Lunatic asylums Punjab 1881-1894 - 1881-1894
Year: 1881
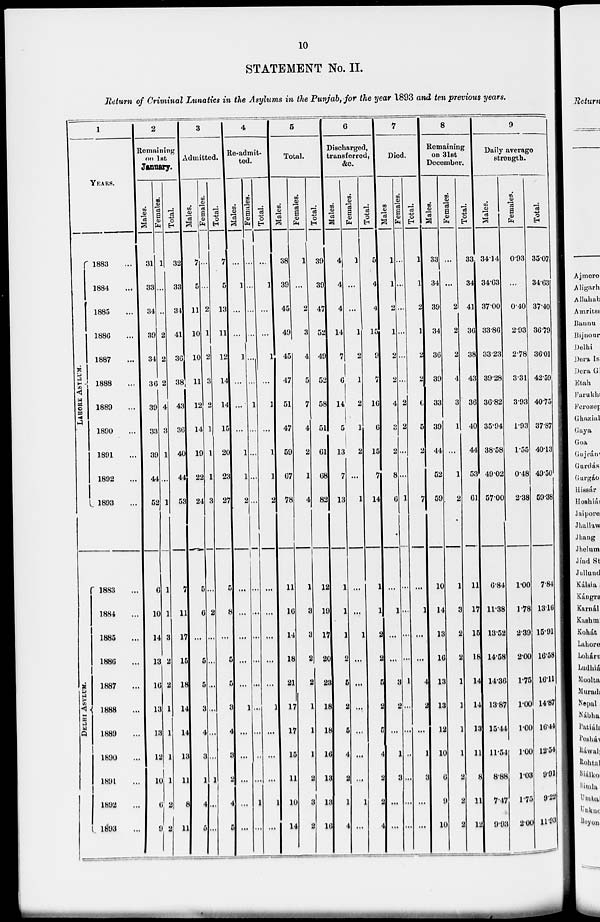
10
STATEMENT No. II.
Return of Criminal Lunatics in the Asylums in the Punjab for the year 1893 and ten previous years.
1
YEARS.
LAHORE ASYLUM
DELHI ASYLUM.
1883 ...
1884...
1885...
1886 ...
1887 ...
1888 ...
1889 ...
1890 ...
1891 ...
1892 ...
1893 ...
1883 ...
1884 ...
1885 ...
1886 ...
1887 ...
1888 ...
1889 ...
1890 ...
1891 ...
1892 ...
1893 ...
2
Remaining
on 1st
January.
Males.
31
33
34
39
34
36
39
33
39
44
52
6
10
14
13
16
13
13
12
10
6
9
Females.
1
...
...
2
2
2
4
3
1
...
1
1
1
3
2
2
1
1
1
1
2
2
Total.
32
33
34
41
36
38
43
36
40
44
53
7
11
17
15
18
14
14
13
11
8
11
3
Admitted.
Males.
7
5
11
10
10
11
12
14
19
22
24
5
6
...
5
5
3
4
3
1
4
5
Females.
...
...
2
1
2
3
2
1
1
1
3
...
2
...
...
...
...
...
...
1
...
...
Total.
7
5
13
11
12
14
14
15
20
23
27
5
8
...
5
5
3
4
3
2
4
5
4
Re-admit-
ted.
Males.
...
1
...
...
1
...
...
...
1
1
2
...
...
...
...
...
1
...
...
...
...
...
Females.
...
...
...
...
...
...
1
...
...
...
...
...
...
...
...
...
...
...
...
...
1
...
Total.
...
1
...
...
1
...
1
...
1
1
2
...
...
...
...
...
1
...
...
...
1
...
5
Total.
Males.
38
39
45
49
45
47
51
47
59
67
78
11
16
14
18
21
17
17
15
11
10
14
Females.
1
...
2
3
4
5
7
4
2
1
4
1
3
3
2
2
1
1
1
2
3
2
Total.
39
39
47
52
49
52
58
51
61
68
82
12
19
17
20
23
18
18
16
13
13
16
6
Discharged,
transferred,
&c.
Males.
4
4
4
14
7
6
14
5
13
7
13
1
1
1
2
5
2
5
4
2
1
4
Females.
1
...
...
1
2
1
2
1
2
...
1
...
...
1
...
...
...
...
...
...
1
...
Total.
5
4
4
15
9
7
16
6
15
7
14
1
1
2
2
5
2
5
4
2
2
4
7
Died.
Males
1
1
2
1
2
2
4
3
2
8
6
...
1
...
...
5
2
...
1
3
...
...
Females.
...
...
...
...
...
...
2
2
...
...
1
...
...
...
...
1
...
...
...
...
...
...
Total.
1
1
2
1
2
2
6
5
2
7
...
1
...
...
4
2
...
1
3
...
...
8
Remaining
on 31st
December.
Males.
33
34
39
34
36
39
33
39
44
52
59
10
14
13
16
13
13
12
10
6
9
10
Females.
...
...
2
2
2
4
3
1
...
1
2
1
3
2
2
1
1
1
1
2
2
2
Total.
33
34
41
36
38
43
36
40
44
53
61
11
17
15
18
14
14
13
11
8
11
12
9
Daily average
strength.
Males.
34.14
34.63
37.00
33.86
33.23
39.28
36.82
35.94
38.58
49.02
57.00
6.84
11.38
13.52
14.58
14.36
13.87
15.44
11.54
8.88
7.47
9.93
Females.
0.93
...
0.40
2.93
2.78
3.31
3.93
1.93
1.55
0.48
2.38
1.00
1.78
2.39
2.00
1.75
1.00
1.00
1.00
1.03
1.75
2.00
Total.
35.07.
34.63
37.40
36.79
36.01
42.59
40.75
37.87
40.13
49.50
59.38
7.84
13.16
15.91
16.58
16.11
14.87
16.44
12.54
9.91
9.22
11.93